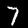
Digit: 7